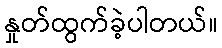
နှုတ်ထွက်ခဲ့ပါတယ်။